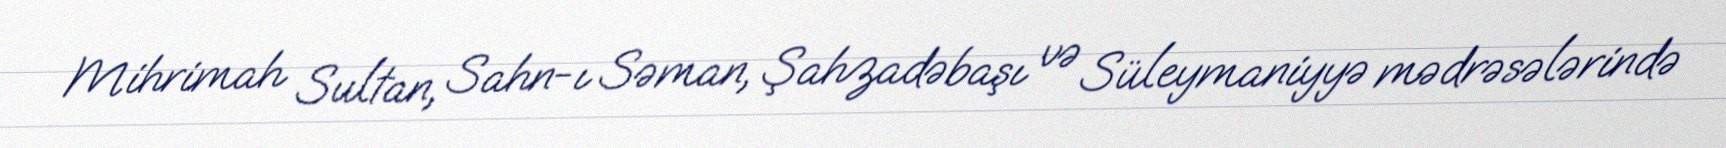
Mihrimah Sultan, Sahn-ı Səman, Şahzadəbaşı və Süleymaniyyə mədrəsələrində